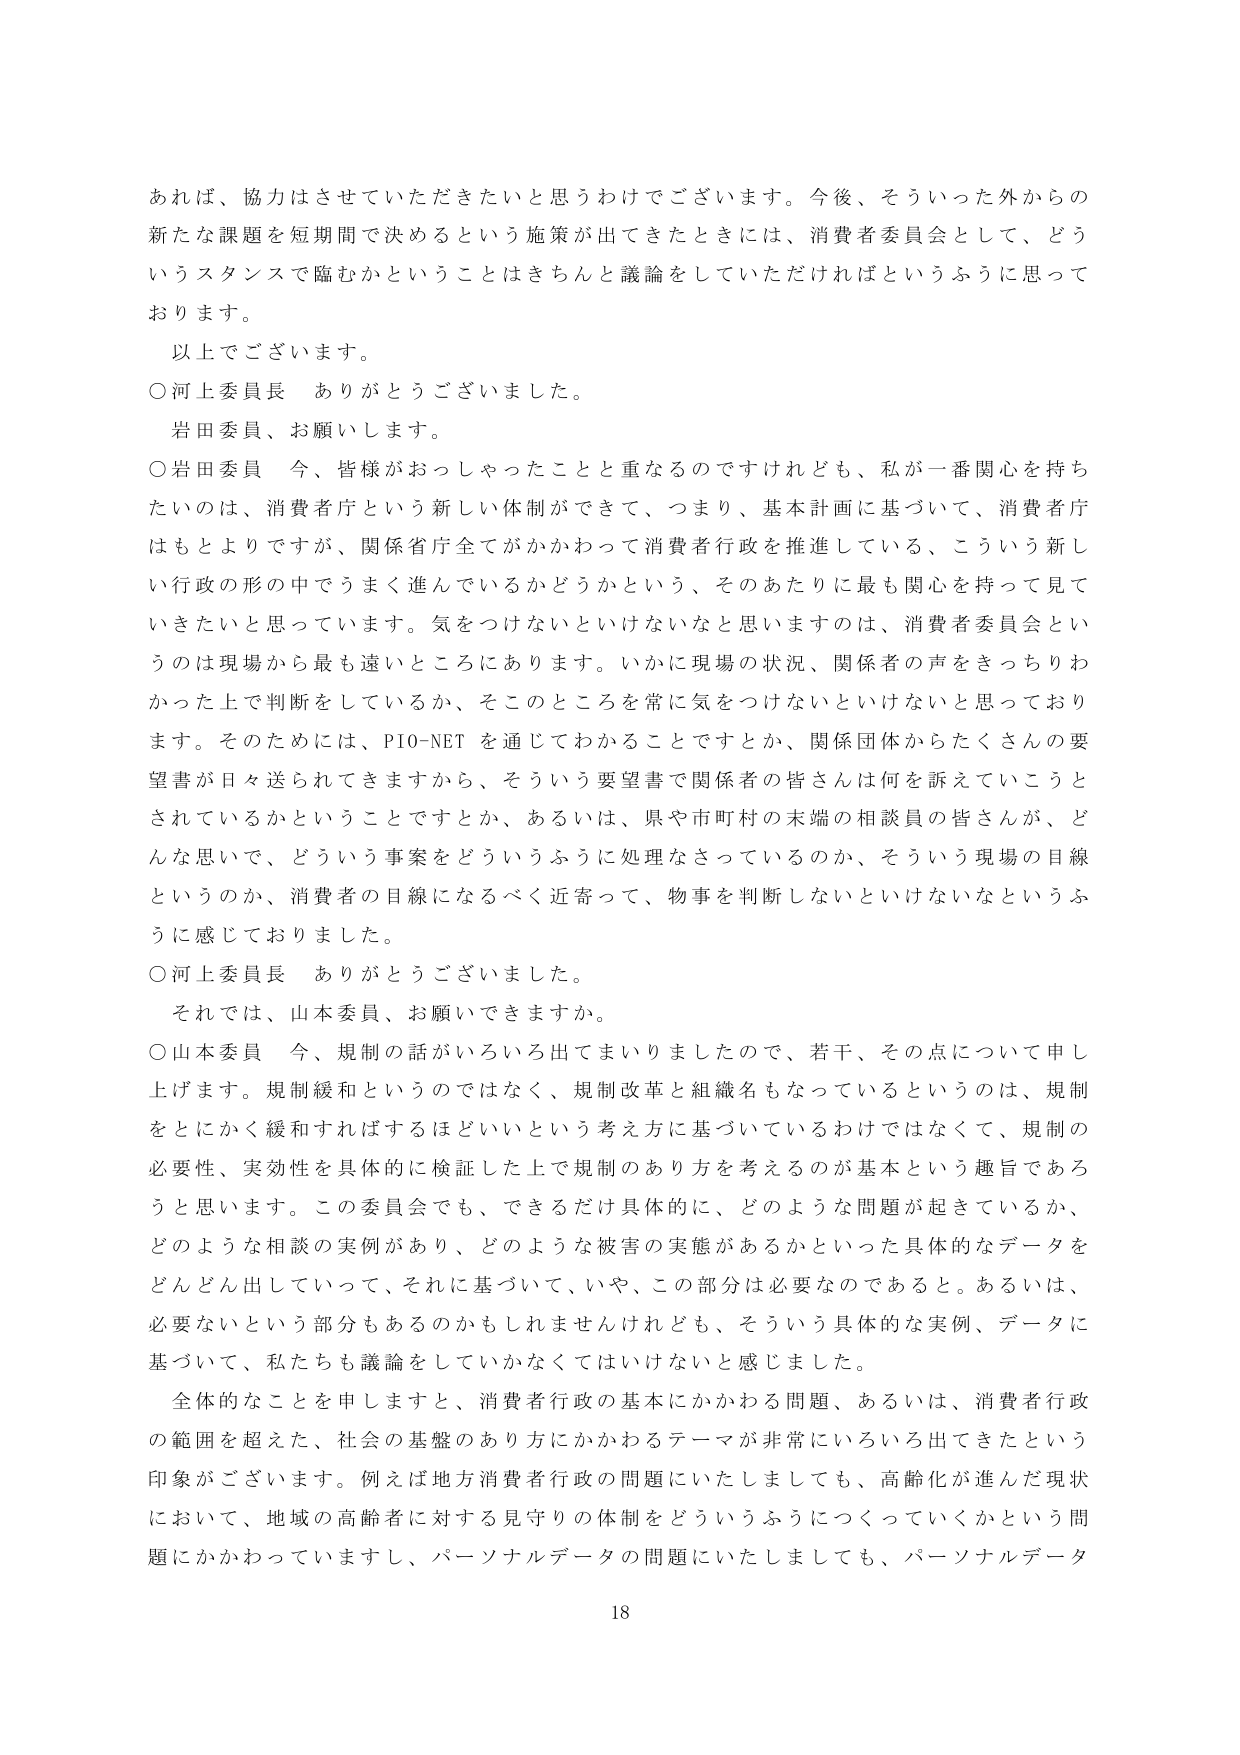
あれば、協力はさせていただきたいと思うわけでございます。今後、そういった外からの新たな課題を短期間で決めるという施策が出てきたときには、消費者委員会として、どういうスタンスで臨むかということはきちんと議論をしていただければというふうに思っております。

以上でございます。

○河上委員長　ありがとうございます。

岩田委員、お願いします。

○岩田委員　今、皆様がおっしゃったことと重なるのですけれども、私が一番関心を持ちたいのは、消費者庁という新しい体制ができて、つまり、基本計画に基づいて、消費者庁はもとよりですが、関係省庁全てがかかわって消費者行政を推進している、こういう新しい行政の形の中でうまく進んでいるかどうかという、そのあたりに最も関心を持って見て行きたいと思っています。気をつけないといけないなと思いますのは、消費者委員会というのは現場から最も遠いところにあります。いかに現場の状況、関係者の声をきっちりわかった上で判断をしているか、そこのところを常に気をつけないといけないと思っております。そのためには、PIO-NETを通じてわかることですとか、関係団体からたくさんの要望書が日々送られてきますから、そういう要望書で関係者の皆さんは何を訴えていることとされているかということですとか、あるいは、県や市町村の末端の相談員の皆さんが、どんな思いで、どういう事案をどういうふうに処理なさっているのか、そういう現場の目線というのか、消費者の目線になるべく近寄って、物事を判断しないといけないなというふうに感じておりました。

○河上委員長　ありがとうございました。

それでは、山本委員、お願いできますか。

○山本委員　今、規制の話がいろいろ出てまいりましたので、若干、その点について申し上げます。規制緩和というのではなく、規制改革と組織名もなっているというのは、規制をとにかく緩和すればするほどいいという考え方に基づいているわけではなくて、規制の必要性、実効性を具体的に検証した上で規制のあり方を考えるのが基本という趣旨であろうと思います。この委員会でも、できるだけ具体的に、どのような問題が起きているか、どのような相談の実例があり、どのような被害の実態があるかといった具体的なデータをどんどん出していって、それに基づいて、いや、この部分は必要なのであると。あるいは、必要ないという部分もあるのかもしれませんが、そういう具体的な実例、データに基づいて、私たちも議論をしていかなくてはいけないと感じました。

全体的なことを申しますと、消費者行政の基本にかかわる問題、あるいは、消費者行政の範囲を超えた、社会の基盤のあり方にかかわるテーマが非常にいろいろ出てきたという印象がございます。例えば地方消費者行政の問題にいたしましても、高齢化が進んだ現状において、地域の高齢者に対する見守りの体制をどういうふうにつくっていくかという問題にかかわっていますし、パーソナルデータの問題にいたしましても、パーソナルデータ

18